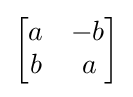
{\begin{bmatrix}a&-b\\b&\,a\end{bmatrix}}